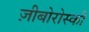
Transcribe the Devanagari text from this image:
ज़ीबोरोस्‍की